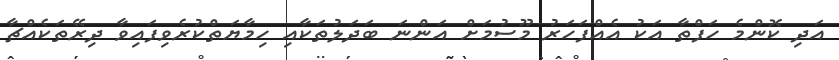
އަދި ކޮންމެ ހަފްތާ އަކު އެއްފަހަރު މޫސުމަށް އަންނަ ބަދަލުތަކާއި ހިމާޔަތްކުރެވިފައިވާ ދިރޭތަކެއްޗާ